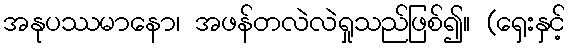
အနုပဿမာနော၊ အဖန်တလဲလဲရှုသည်ဖြစ်၍။ (ရှေးနှင့်